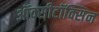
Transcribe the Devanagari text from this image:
ऑक्सीटॉक्सिन